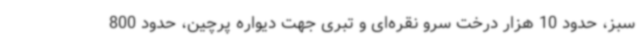
سبز، حدود 10 هزار درخت سرو نقره‌ای و تبری جهت دیواره پرچین، حدود 800